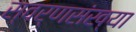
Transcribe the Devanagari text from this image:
स्वर्णसंख्या